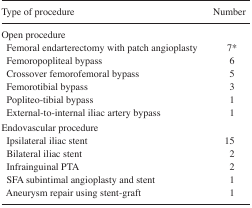
<table><thead><tr><td><b>Type of procedure</b></td><td><b>Number</b></td></tr></thead><tbody><tr><td colspan="2">Open procedure</td></tr><tr><td> Femoral endarterectomy with patch angioplasty</td><td>7*</td></tr><tr><td> Femoropopliteal bypass</td><td>6</td></tr><tr><td> Crossover femorofemoral bypass</td><td>5</td></tr><tr><td> Femorotibial bypass</td><td>3</td></tr><tr><td> Popliteo-tibial bypass</td><td>1</td></tr><tr><td> External-to-internal iliac artery bypass</td><td>1</td></tr><tr><td colspan="2">Endovascular procedure</td></tr><tr><td> Ipsilateral iliac stent</td><td>15</td></tr><tr><td> Bilateral iliac stent</td><td>2</td></tr><tr><td> Infrainguinal PTA</td><td>2</td></tr><tr><td> SFA subintimal angioplasty and stent</td><td>1</td></tr><tr><td> Aneurysm repair using stent-graft</td><td>1</td></tr></tbody></table>